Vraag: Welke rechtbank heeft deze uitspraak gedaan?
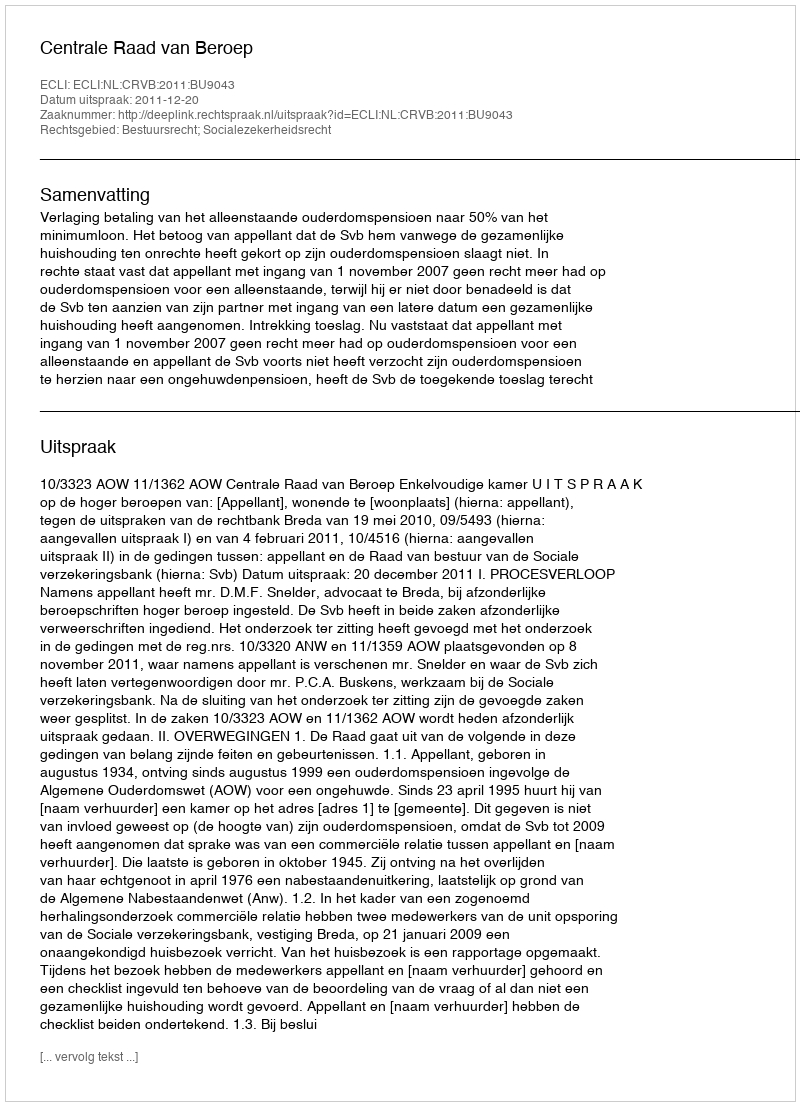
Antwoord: Centrale Raad van Beroep